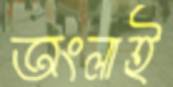
অংলাই